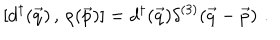
[ d ^ { \dagger } ( \vec { q } ) \, , \, \rho ( \vec { p } ) ] = d ^ { \dagger } ( \vec { q } ) \delta ^ { ( 3 ) } ( \vec { q } - \vec { p } ) \, \, .